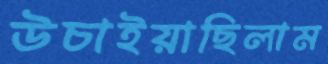
উচাইয়াছিলাম